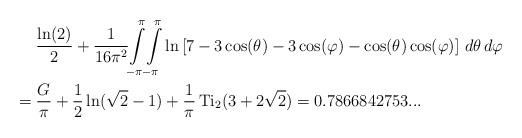
LaTeX: \begin{align*}& \ \ \ \ \frac{\ln(2)}2+\frac1{16\pi^{2}}{\displaystyle\int\limits_{-\pi}^{\pi}}{\displaystyle\int\limits_{-\pi}^{\pi}}\ln\left[ 7-3\cos(\theta)-3\cos(\varphi)-\cos(\theta)\cos(\varphi)\right]\,d\theta\,d\varphi\\\ & =\frac G\pi+\frac12\ln(\sqrt{2}-1)+\frac1\pi\operatorname*{Ti}\nolimits_{2}(3+2\sqrt{2})=0.7866842753...\end{align*}